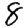
Digit: 8